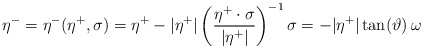
\begin{align*}\eta^-= \eta^-(\eta^+,\sigma) = \eta^+ - |\eta^+|\left(\frac{\eta^+\cdot\sigma}{|\eta^+|}\right)^{-1}\sigma = -|\eta^+| \tan (\vartheta) \, \omega\end{align*}